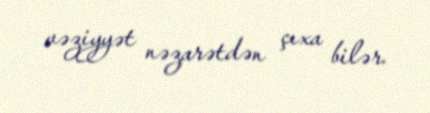
vəziyyət nəzarətdən çıxa bilər.